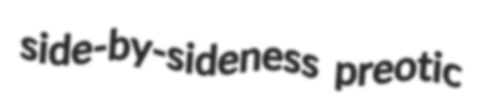
side-by-sideness preotic